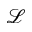
\mathcal { L }